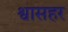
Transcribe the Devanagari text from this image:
श्वासहर